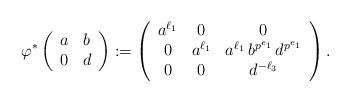
LaTeX: \begin{align*} \varphi^* \left(\begin{array}{c c} a & b \\ 0 & d \end{array}\right) & := \left(\begin{array}{c c c} a^{\ell_1} & 0 & 0 \\ 0 & a^{\ell_1} & a^{\ell_1} \, b^{p^{e_1}} \, d^{ p^{e_1} } \\ 0 & 0 & d^{- \ell_3} \end{array} \right) . \end{align*}